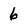
Character: 6